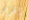
إقرار